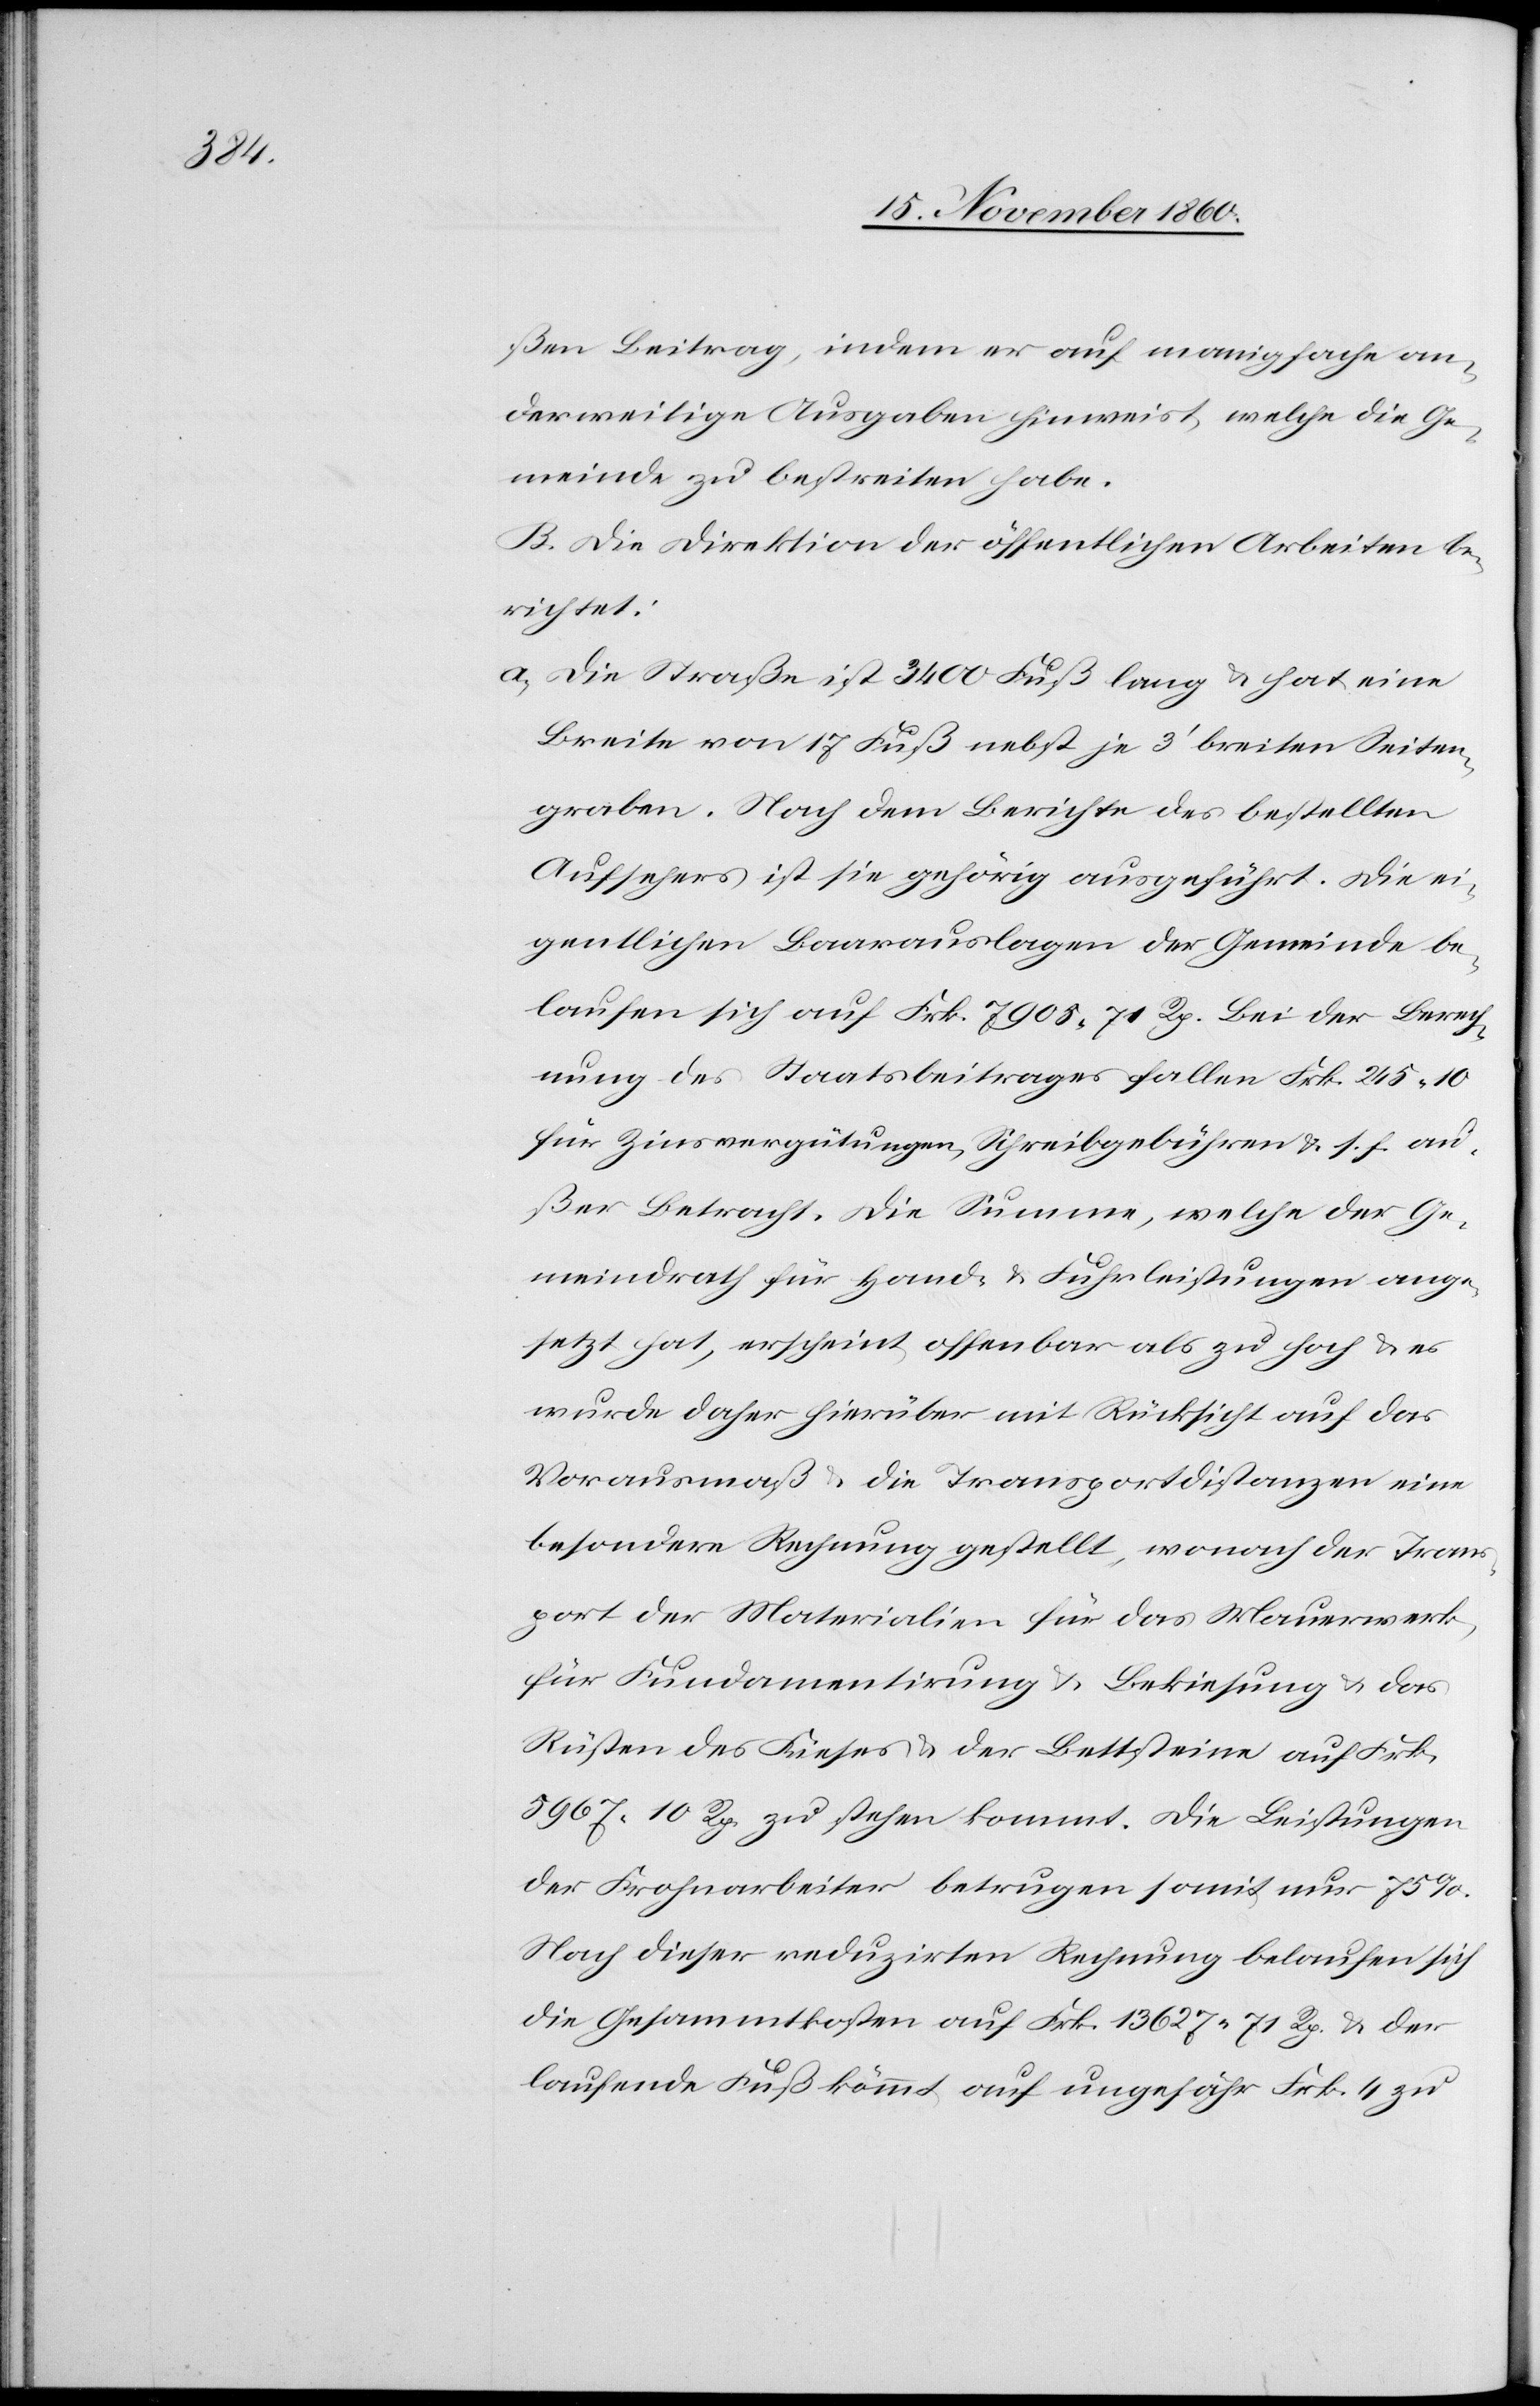
ßen Beitrag, indem er auf manigfache an¬
derweitige Ausgaben hinweist, welche die Ge¬
meinde zu bestreiten habe.
B. Die Direktion der öffentlichen Arbeiten be¬
richtet:
a. Die Straße ist 3400 Fuß lang u. hat eine
Breite von 17 Fuß nebst je 3’ breiten Seiten¬
graben. Nach dem Berichte des bestellten
Aufsehers ist sie gehörig ausgeführt. Die ei¬
gentlichen Baarauslagen der Gemeinde be¬
laufen sich auf Frk. 7900 71 Rp. Bei der Berech¬
nung des Staatsbeitrages fallen Frk. 245 10
für Zinsvergütungen, Schreibgebühren u. s. f. au¬
ßer Betracht. Die Summe, welche der Ge¬
meindrath für Hand- u. Frohnleistungen ange¬
setzt hat, erscheint offenbar als zu hoch u. es
wurde daher hierüber mit Rücksicht auf das
Vorausmaß u. die Transportdistanzen eine
besondere Rechnung gestellt, wonach der Tran¬
sport der Materialien für das Mauerwerk,
für Fundamentirung u. Bekiesung u. das
Rüsten des Kieses u. der Bettsteine auf Frk.
5967 10 Rp. zu stehen kommt. Die Leitungen
der Frohnarbeiten betrugen somit nur 75%.
Nach dieser reduzirten Rechnung belaufen sich
die Gesammtkosten auf Frk. 13 627 71 Rp. u. der
laufende Fuß kömmt auf ungefähr Frk. 9 zu